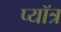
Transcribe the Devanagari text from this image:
प्यॉत्र